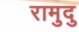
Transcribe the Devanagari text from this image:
रामुदु